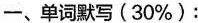
一、单词默写 (30%) ：